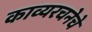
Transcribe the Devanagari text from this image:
काव्यरचनेचे